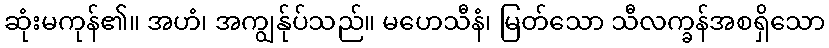
ဆုံးမကုန်၏။ အဟံ၊ အကျွန်ုပ်သည်။ မဟေသီနံ၊ မြတ်သော သီလက္ခန်အစရှိသော